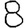
Digit: 8